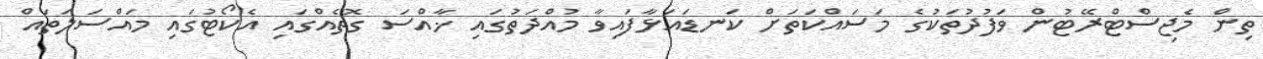
ތިން މެޖިސްޓްރޭޓުން ވަފުދުތަކުގެ މަސައްކަތަށް ކަނޑައަޅާފައިވާ މުއްދަތުގައި ޚާއްސަ ގޮތެއްގައި އެކޯޓުގައި މައްސަލަތައް